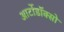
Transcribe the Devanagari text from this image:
आर्टोडॉक्सो